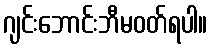
ဂျင်းဘောင်းဘီမဝတ်ရပါ။